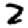
Digit: 2